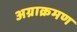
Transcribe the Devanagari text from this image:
अग्राक्रमण